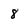
Character: 8